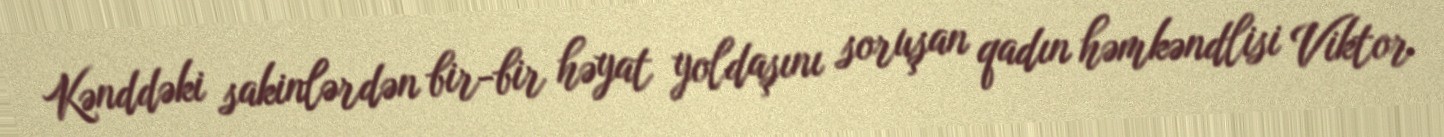
Kənddəki sakinlərdən bir-bir həyat yoldaşını soruşan qadın həmkəndlisi Viktor